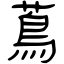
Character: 蔦